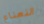
النعناع